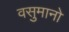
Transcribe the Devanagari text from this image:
वसुमानो